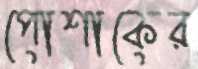
পোশাকের